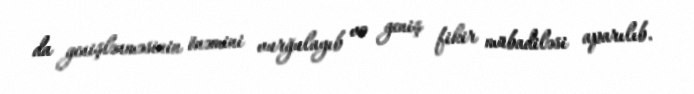
da genişlənməsinin önəmini vurğulayıb və geniş fikir mübadiləsi aparılıb.